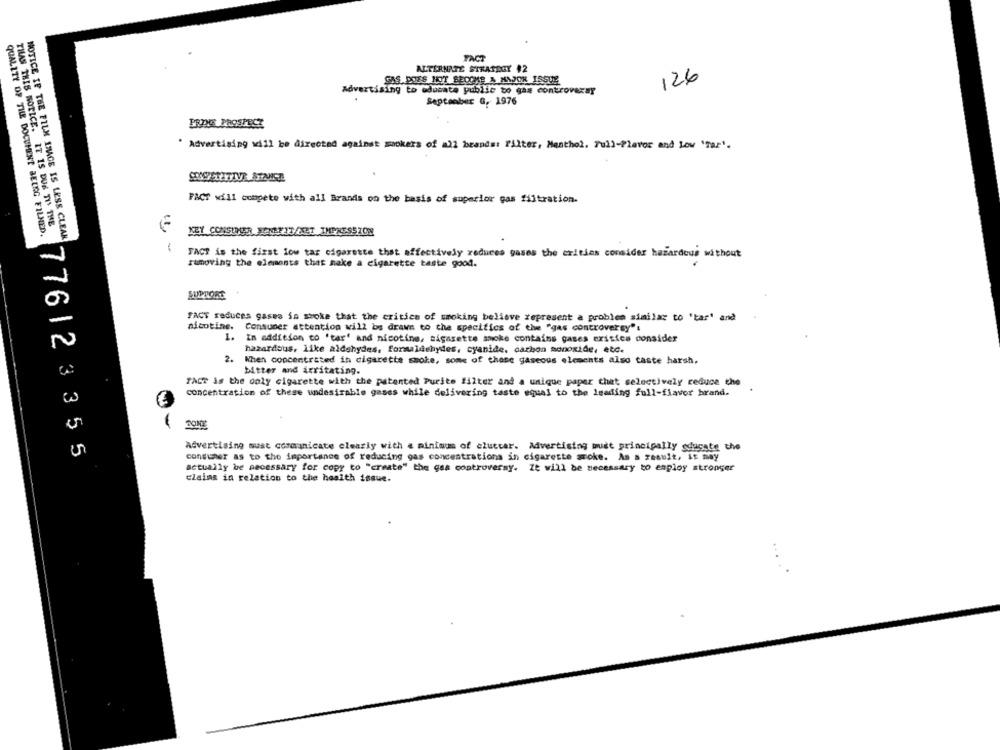
FACT
ALTERNATE STRATEGY #2
GAS. DOES NOT BECOME A MAJOR ISSUE
126
Advertising to educate public bo gas controversy
September G, 1976
PRIMES PROSPECT
" Advertising will be directed against mackers of all brands: filter, Menthol. Full-Plavor and Low 'Tar'.
FACT will compete with all Brands on the basis of superior gas filtration.
THAS THIS NOTICE. IT IS DUS TIS THE
QUALITY OF THE DOCUMENT BELEG FILMED.
KEY CONSUMER JONEFIT/NET IMPRESSION
NOTICE IF THE FILM IMAGE IS LESS CLEAR
-
FACT is the first low tar cigarette that affectively reduces gases the crities consider hazardous without
removing the elements that hake a cigarette taste good.
SUPTORE
FACT reduces gases in myoke that the critics of smoking believe represent a problem similar to 'tar" and
nicotine.
Consumer attention will be drawn to the specifics of the "gas controversy":
1.
In addition to 'tar' and nicotine, sigarette smoke contains gases existes consider
hazardous, like aldehydes, formaldehydes, cyanide, carbon monoxide, etc.
2.
When concentrated in cigarette smoke, some of those gaseous elements also taste harsh.
bitter and irritating.
TACT is the only cigarette with the patented Purite 142ter and a unique paper that selectively reduce the
concentration of these undesirable gases while delivering taste equal to the leading full-flavor brand.
TONE
Advertising must communicate clearly with a minimum of clutter. Advertising muet principally educate the
776123355
consumer as to the importance of reducing gas concentrations in cigarette smoke. As a result, it may
actually be necessary for copy to "create" the gas controversy. It will be necessary to employ stronger
claims in relation to the health issue.
....